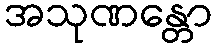
အသုဏန္တော